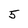
Character: 5